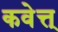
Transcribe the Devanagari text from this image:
कवेत्त्